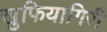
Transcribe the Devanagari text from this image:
खुफियागिरी